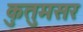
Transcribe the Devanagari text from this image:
कुतुमसर